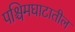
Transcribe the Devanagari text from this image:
पश्चिमघाटातील